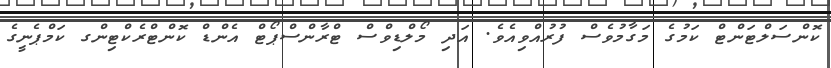
ކޮންސަލްޓަންޓް ކަމުގެ މަގާމުވެސް ފުރުއްވިއެވެ. އަދި މޯލްޑިވްސް ޓްރާންސްޕޯޓް އެންޑް ކޮންޓްރެކްޓިންގ ކަމްޕެނީގެ